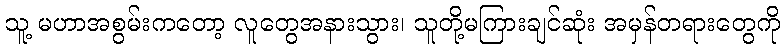
သူ့ မဟာအစွမ်းကတော့ လူတွေအနားသွား၊ သူတို့မကြားချင်ဆုံး အမှန်တရားတွေကို